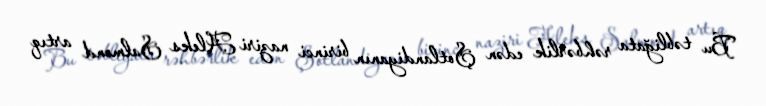
Bu təbliğata rəhbərlik edən Şotlandiyanın birinci naziri Aleks Salmond artıq